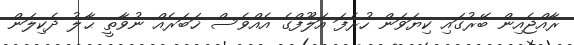
ރާއްޖެއިން ބޭރުގައި ކިޔަވަން ހުރެފަ އަލޫފްގެ އެއްވެސް ޚަބަރެއް ނުވާތީ ޙާލު ދެކިލަން